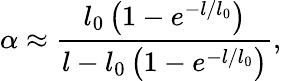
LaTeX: \alpha\approx\frac{l_{0}\left(1-e^{-l/l_{0}}\right)}{l-l_{0}\left(1-e^{-l/l_{0}}\right)},